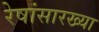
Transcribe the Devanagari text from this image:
रेषांसारख्या